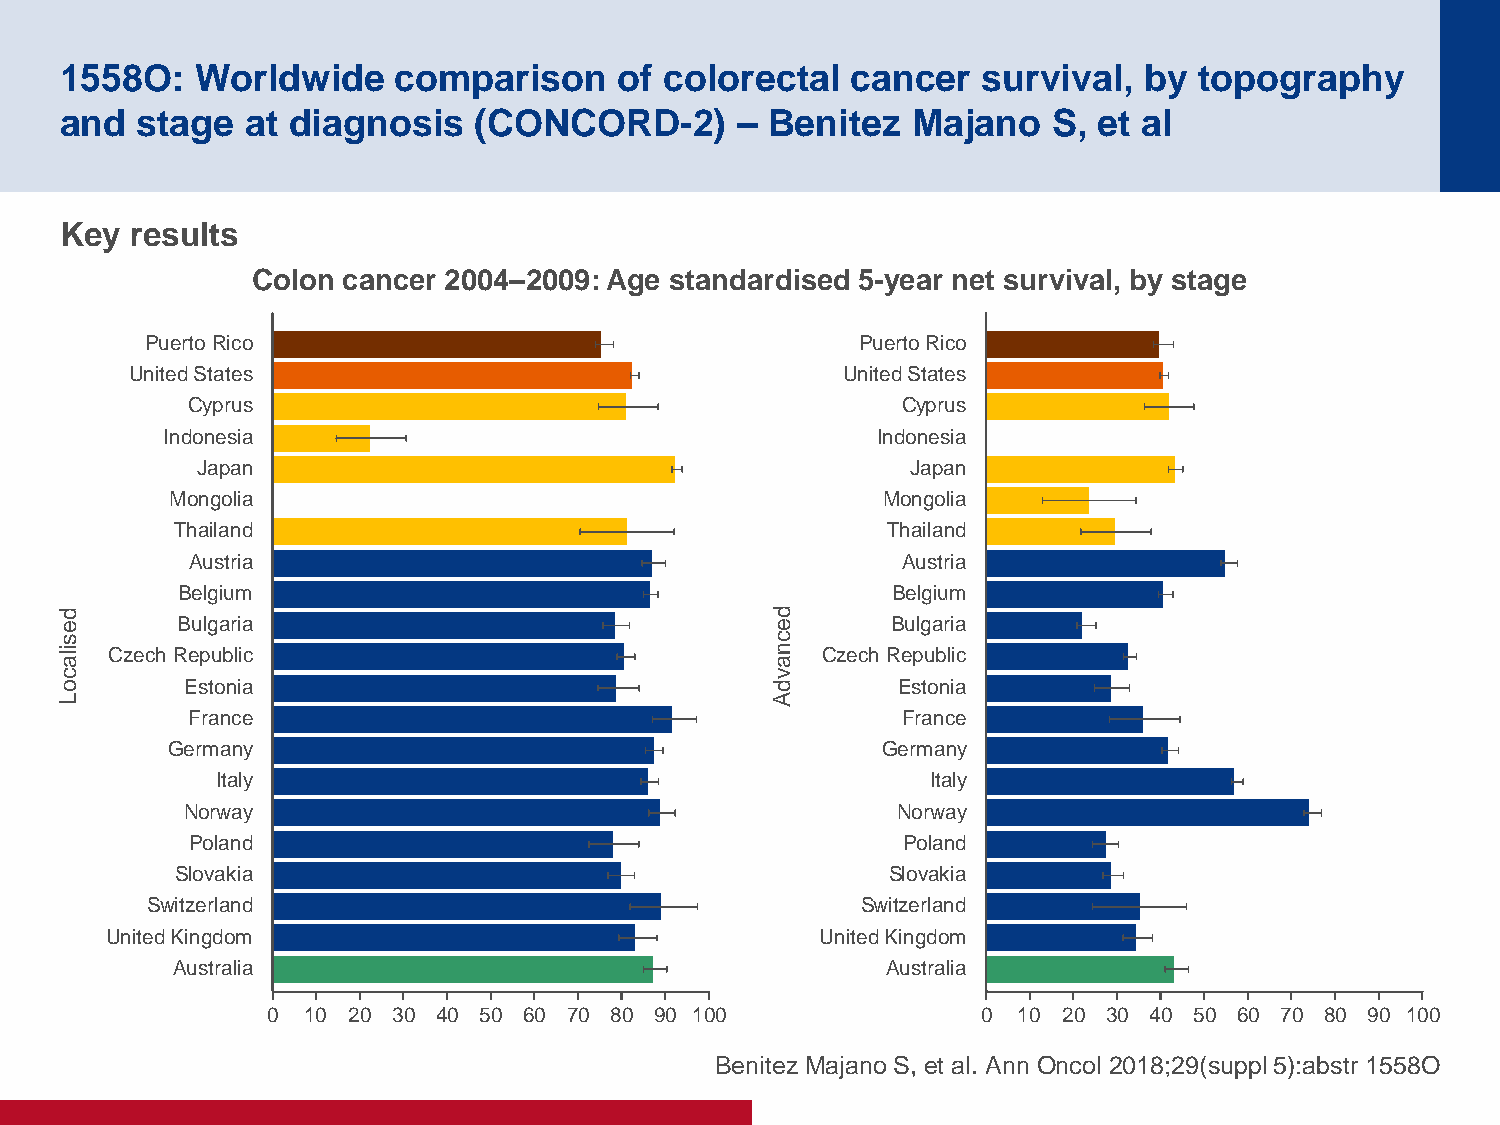
1558O:   Worldwide    comparison     of colorectal  cancer   survival,  by topography
 and  stage  at diagnosis   (CONCORD-2)       – Benitez  Majano    S, et al
 Key  results
 Colon cancer 2004–2009: Age standardised 5-year net survival, by stage
 Puerto Rico                                    Puerto Rico
 United States                                  United States
 Cyprus                                          Cyprus
 Indonesia                                      Indonesia
 Japan                                          Japan
 Mongolia                                       Mongolia
 Thailand                                       Thailand
 Austria                                         Austria
 Belgium                                        Belgium
 d                                              d
 e       Bulgaria                               e       Bulgaria
 s                                              c
 ila Czech Republic                             n
 a
 Czech Republic
 c                                              v
 o       Estonia                                d       Estonia
 L                                              A
 France                                          France
 Germany                                        Germany
 Italy                                           Italy
 Norway                                         Norway
 Poland                                         Poland
 Slovakia                                       Slovakia
 Switzerland                                    Switzerland
 United Kingdom                                 United Kingdom
 Australia                                       Australia
 0 10 20 30 40 50 60 70 80 90 100               0 10 20 30 40 50 60 70 80 90 100
 Benitez Majano S, et al. Ann Oncol 2018;29(suppl 5):abstr 1558O